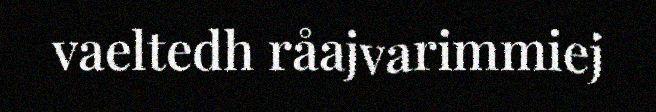
vaeltedh råajvarimmiej